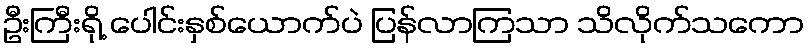
ဦးကြီးရို့ ပေါင်းနှစ်ယောက်ပဲ ပြန်လာကြသာ သိလိုက်သကော